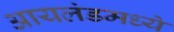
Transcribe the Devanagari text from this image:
आयलंडमध्ये